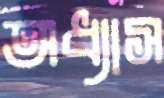
অধ্যাস